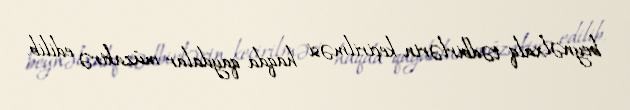
beynəlxalq tədbirlərin keçirilməsi haqda qaydalar müzakirə edilib.